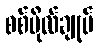
စစ်ဗိုလ်ချုပ်